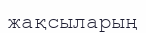
жақсыларың